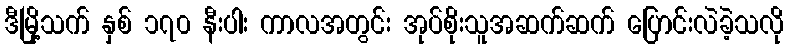
ဒီမြို့သက် နှစ် ၁၇၀ နီးပါး ကာလအတွင်း အုပ်စိုးသူအဆက်ဆက် ပြောင်းလဲခဲ့သလို